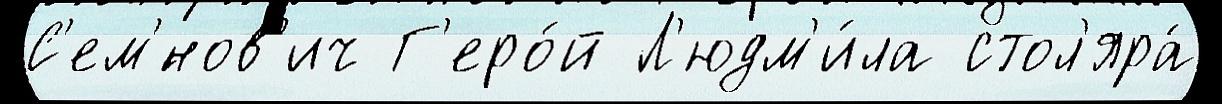
С'ем'́нов'ич Г'еро́й Л'юдм'и́ла стол'яра́